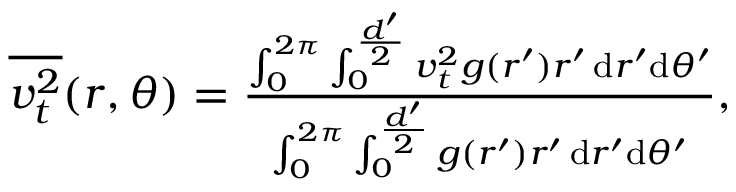
\begin{array} { r } { \overline { { v _ { t } ^ { 2 } } } ( r , \theta ) = \frac { \int _ { 0 } ^ { 2 \pi } \int _ { 0 } ^ { \frac { d ^ { \prime } } { 2 } } v _ { t } ^ { 2 } g ( r ^ { \prime } ) r ^ { \prime } \, \mathrm { d } r ^ { \prime } \mathrm { d } \theta ^ { \prime } } { \int _ { 0 } ^ { 2 \pi } \int _ { 0 } ^ { \frac { d ^ { \prime } } { 2 } } g ( r ^ { \prime } ) r ^ { \prime } \, \mathrm { d } r ^ { \prime } \mathrm { d } \theta ^ { \prime } } , } \end{array}